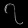
Digit: ၇